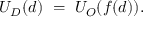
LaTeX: U _ { D } ( d ) \ = \ U _ { O } ( f ( d ) ) .